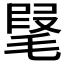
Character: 𣮫